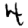
Digit: 4